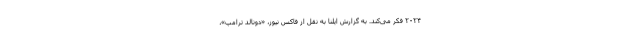
۲۰۲۴ فکر می‌کند. به گزارش ایلنا به نقل از فاکس نیوز، «دونالد ترامپ»،